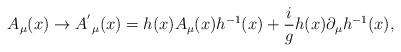
LaTeX: \begin{align*}A_\mu(x)\rightarrow {A^{'}}_\mu(x)=h(x)A_\mu(x)h^{-1}(x)+\frac{i}{g}h(x)\partial_\mu h^{-1}(x),\end{align*}